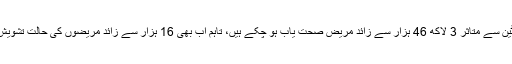
کو وِڈ نائنٹین سے متاثر 3 لاکھ 46 ہزار سے زائد مریض صحت یاب ہو چکے ہیں، تاہم اب بھی 16 ہزار سے زائد مریضوں کی حالت تشویش ناک ہے۔